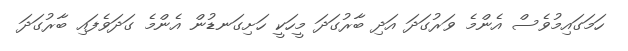
ހަމަގައިމުވެސް އެންމެ ވަރުގަދަ އަދި ބާރުގަދަ މީހަކީ ހަށިގަނޑުން އެންމެ ގަދަވެފައި ބާރުގަދަ